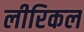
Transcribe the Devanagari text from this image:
लीरिकल